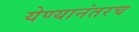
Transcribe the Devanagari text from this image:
येण्यानंतरच